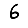
Digit: 6